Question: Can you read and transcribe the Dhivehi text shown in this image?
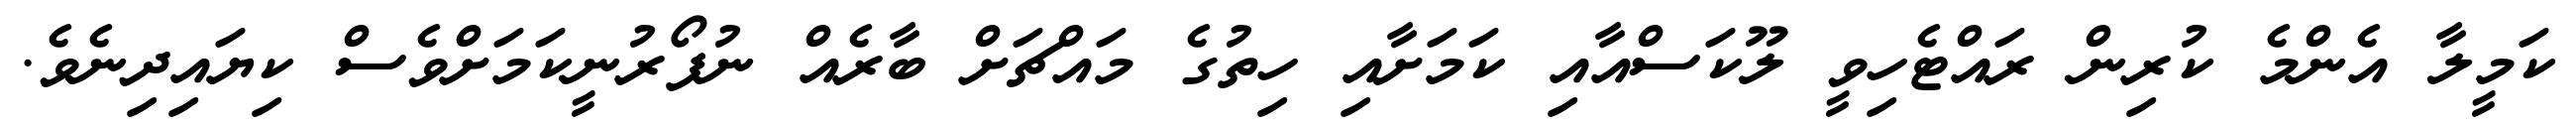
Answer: ކަމީލާ އެންމެ ކުރިން ރައްޓެހިވީ ލޫކަސްއާއި ކަމަށާއި ހިތުގެ މައްޗަށް ބާރެއް ނުފޯރުނީކަމަށްވެސް ކިޔައިދިނެވެ.